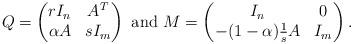
LaTeX: \begin{align*}Q=\begin{pmatrix}rI_n&A^T\\\alpha A&sI_m\end{pmatrix} ~{\rm and} ~M=\begin{pmatrix}I_n&0\\-(1-\alpha)\frac{1}{s}A&I_m\end{pmatrix}.\end{align*}